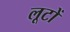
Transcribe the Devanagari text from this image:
लूटों